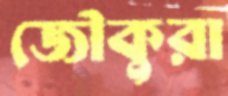
জৌকুরা